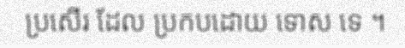
ប្រសើរ ដែល ប្រកបដោយ ទោស ទេ ។